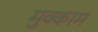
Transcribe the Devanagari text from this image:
मुक्‍काम